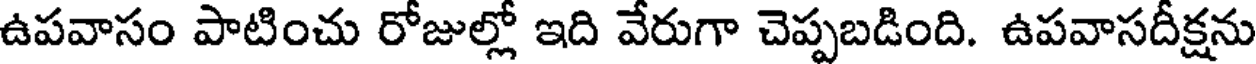
ఉపవాసం పాటించు రోజుల్లో ఇది వేరుగా చెప్పబడింది. ఉపవాసదీక్షను